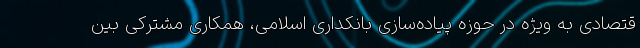
قتصادی به ویژه در حوزه پیاده‌سازی بانکداری اسلامی، همکاری مشترکی بین